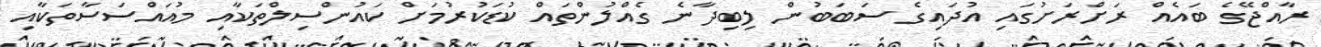
ރާއްޖޭގެ ބައެއް ރަށްރަށުގައި އުދައިގެ ސަބަބުން ލިބިދާނެ ގެއްލުންތައް ކުޑަކުރުމަށް ކައުންސިލްތަކާއި މުއައްސަސާތަކާއި